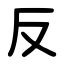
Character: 反